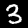
Digit: 3